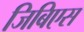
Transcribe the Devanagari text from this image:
जिबिएस